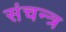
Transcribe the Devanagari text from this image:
संचन्त्र